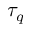
\tau _ { q }